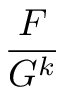
\frac { F } { G ^ { k } }